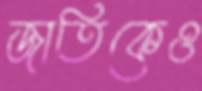
জাতিকেও